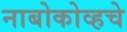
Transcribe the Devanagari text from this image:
नाबोकोव्हचे